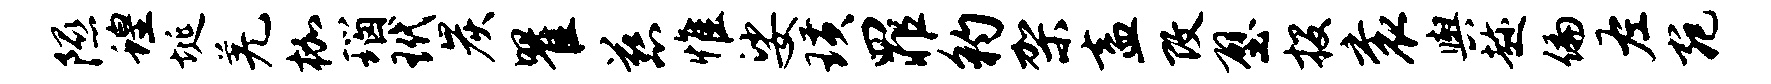
隰蝗埏羌枷瑙玳炭瞿慈惟娑璜罪豹架盍改壁投衮舆趁偏左宛